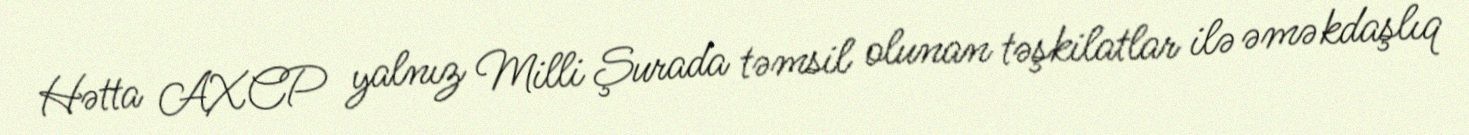
Hətta AXCP yalnız Milli Şurada təmsil olunan təşkilatlar ilə əməkdaşlıq